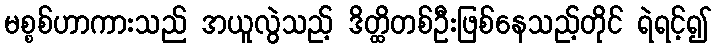
မစ္စစ်ဟာကားသည် အယူလွဲသည့် ဒိတ္ထိတစ်ဦးဖြစ်နေသည့်တိုင် ရဲရင့်၍